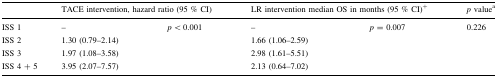
<table><thead><tr><td></td><td colspan="2"><b>TACE intervention, hazard ratio (95 % CI)</b></td><td colspan="2"><b>LR intervention median OS in months (95 % CI)<sup>+</sup></b></td><td><b><i>p</i> value<sup>a</sup></b></td></tr></thead><tbody><tr><td>ISS 1</td><td>–</td><td rowspan="4"><i>p</i> &lt; 0.001</td><td>–</td><td rowspan="4"><i>p</i> = 0.007</td><td>0.226</td></tr><tr><td>ISS 2</td><td>1.30 (0.79–2.14)</td><td>1.66 (1.06–2.59)</td><td></td></tr><tr><td>ISS 3</td><td>1.97 (1.08–3.58)</td><td>2.98 (1.61–5.51)</td><td></td></tr><tr><td>ISS 4 + 5</td><td>3.95 (2.07–7.57)</td><td>2.13 (0.64–7.02)</td><td></td></tr></tbody></table>